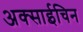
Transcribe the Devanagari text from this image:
अक्साईचिन